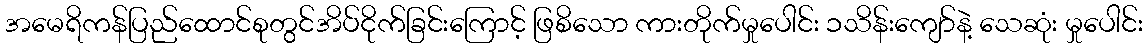
အမေရိကန်ပြည်ထောင်စုတွင်အိပ်ငိုက်ခြင်းကြောင့် ဖြစိသော ကားတိုက်မှုပေါင်း ၁သိန်းကျော်နဲ့ သေဆုံး မှုပေါင်း